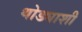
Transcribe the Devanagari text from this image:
थोड्याशी